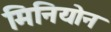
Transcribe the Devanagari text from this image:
मिनियोन